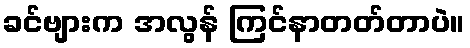
ခင်ဗျားက အလွန် ကြင်နာတတ်တာပဲ။